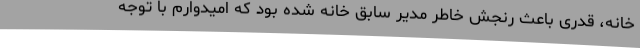
خانه، قدری باعث رنجش خاطر مدیر سابق خانه شده بود که امیدوارم با توجه